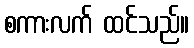
စကားလက် ထင်သည်။